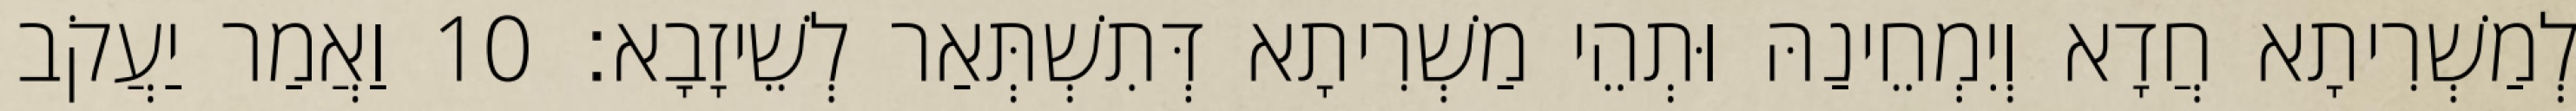
לְמַשְׁרִיתָא חֲדָא וְיִמְחֵינַהּ וּתְהֵי מַשְׁרִיתָא דְּתִשְׁתְּאַר לְשֵׁיזָבָא׃ 10 וַאֲמַר יַעֲקֹב